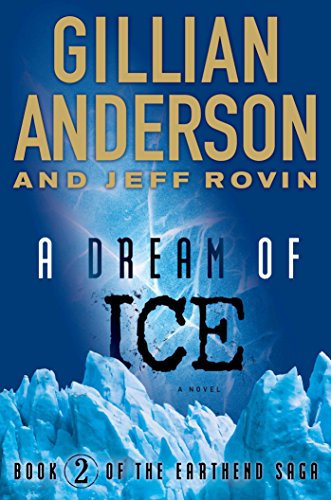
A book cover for A Dream of Ice: EarthEnd Saga #2; Gillian Anderson; Mystery, Thriller & Suspense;